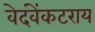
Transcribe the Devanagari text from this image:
वेदंवेंकटराय